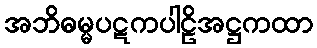
အဘိဓမ္မပဋကပါဠိအဋ္ဌကထာ